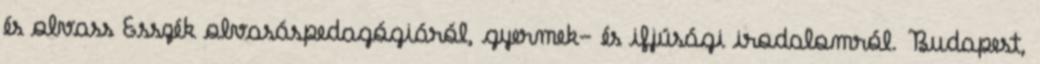
és olvass Esszék olvasáspedagógiáról, gyermek- és ifjúsági irodalomról. Budapest,